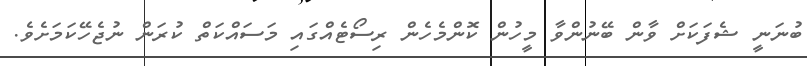
ބުނަނީ ޝެފަކަށް ވާން ބޭނުންވާ މީހުން ކޮންމެހެން ރިސޯޓެއްގައި މަސައްކަތް ކުރަން ނުޖެހޭކަމަށެވެ.